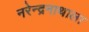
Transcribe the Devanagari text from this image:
नरेन्द्रनाथाला